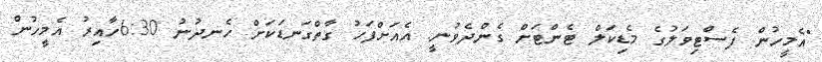
"އެމީހުން ފެސްޓިވަލުގެ މެޑިކަލް ޓެންޓަށް ގެންދެވުނީ. އެއަށްފަހު ގާތްގަނޑަކަށް ހެނދުނު 6:30ހާއިރު އެމީހުން